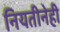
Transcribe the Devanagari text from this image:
नियतीनेही